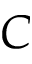
C